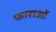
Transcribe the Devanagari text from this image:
फाराओं